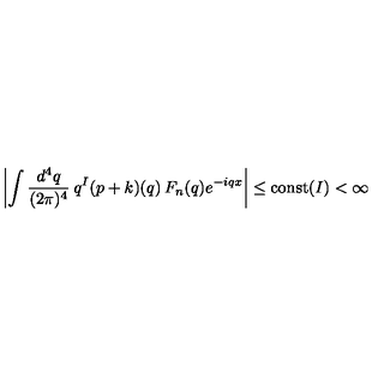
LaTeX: \left| \int \frac { d ^ { 4 } q } { ( 2 \pi ) ^ { 4 } } \: q ^ { I } ( p + k ) ( q ) \: F _ { n } ( q ) e ^ { - i q x } \right| \leq { \mathrm { c o n s t } } ( I ) < \infty